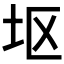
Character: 𫭟